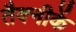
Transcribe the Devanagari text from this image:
तैक्नीकें